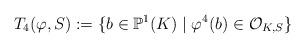
LaTeX: \begin{align*} T_4(\varphi,S):=\{b\in \mathbb{P}^1(K)\;|\; \varphi^4(b)\in\mathcal{O}_{K,S}\} \end{align*}